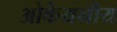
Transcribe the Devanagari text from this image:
ओकेयनीय